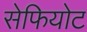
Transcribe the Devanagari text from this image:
सेफियोट